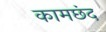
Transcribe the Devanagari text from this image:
कामछंद